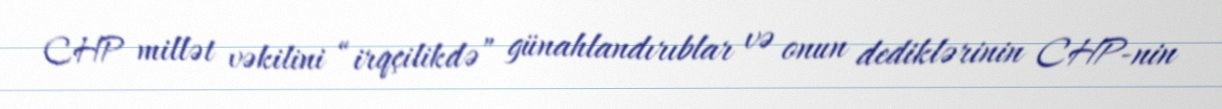
CHP millət vəkilini “irqçilikdə” günahlandırıblar və onun dediklərinin CHP-nin